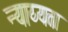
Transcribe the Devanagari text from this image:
न्याय्यता